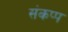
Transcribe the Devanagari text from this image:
संकप्प